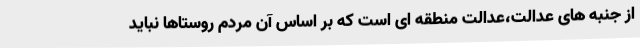
از جنبه های عدالت،عدالت منطقه ای است که بر اساس آن مردم روستاها نباید